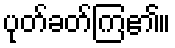
ပုတ်ခတ်ကြ၏။